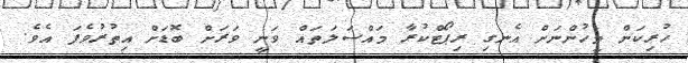
ހުރިކަން މީހުންނަށް އެނގި ރިޕޯޓްކުރާ މައްސަލަތައް ވަނީ ވަރަށް ބޮޑަށް އިތުރުވެފަ އެވެ.